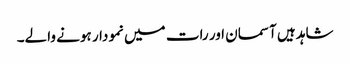
شاہد ہیں آسمان اور رات میں نمودار ہونے والے۔